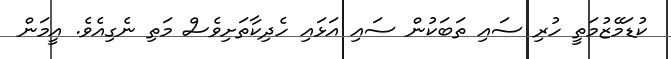
ކުޑަމޭޒުމަތީ ހުރި ސައި ތަބަކުން ސައި އަޅައި ހެދިކާތަށިވެސް މަތި ނެގިއެވެ. އީމަން